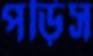
পড়িস